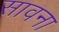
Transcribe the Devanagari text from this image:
सावना